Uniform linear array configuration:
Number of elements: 16
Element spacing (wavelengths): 0.5
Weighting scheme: hamming
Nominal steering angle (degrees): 60
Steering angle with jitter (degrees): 58.787
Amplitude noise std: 0.05
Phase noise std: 0.05

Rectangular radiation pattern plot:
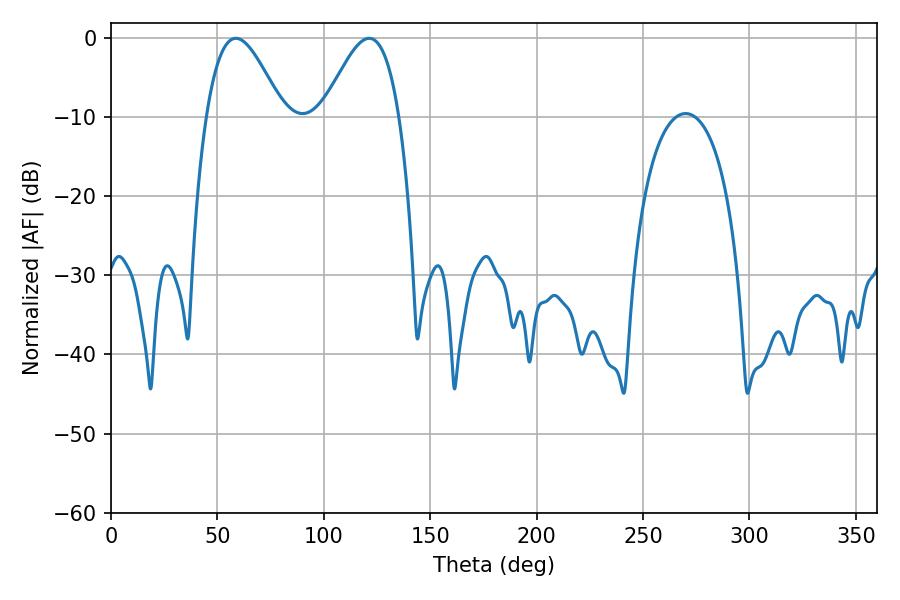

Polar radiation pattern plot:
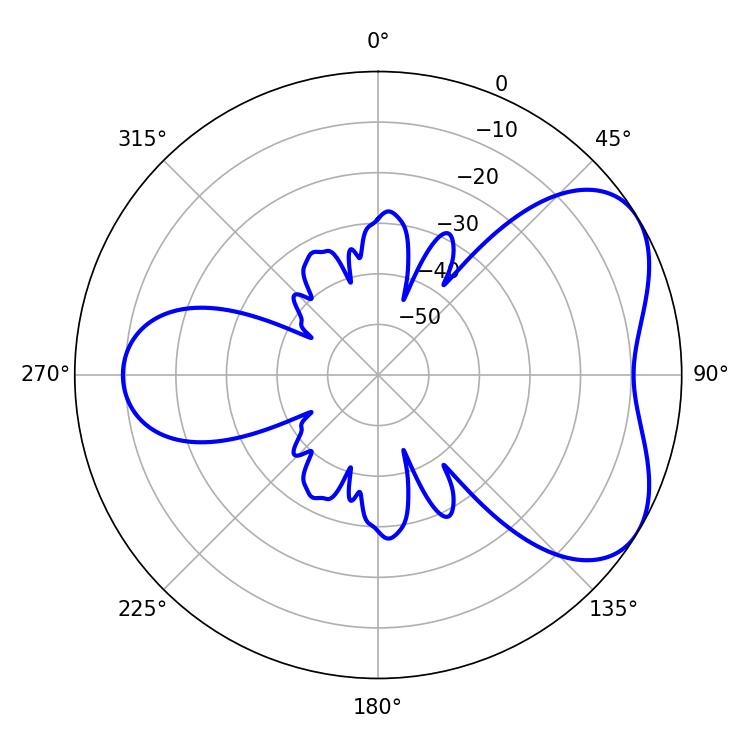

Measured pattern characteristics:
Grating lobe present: FALSE
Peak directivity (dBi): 5.069
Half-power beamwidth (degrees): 19.26
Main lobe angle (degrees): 58.68